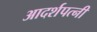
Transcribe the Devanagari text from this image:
आदर्शपत्नी